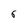
Character: 6